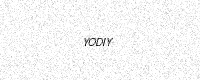
Text: YODIY